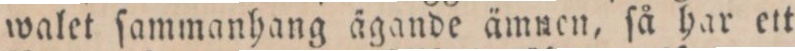
walet ſammanhang ägande ämnen, ſå har ett